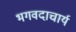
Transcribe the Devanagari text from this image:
भगवदाचार्य